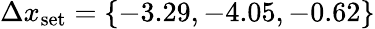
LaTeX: \Delta x_{\textrm{set}}=\{ -3.29,-4.05,-0.62\}